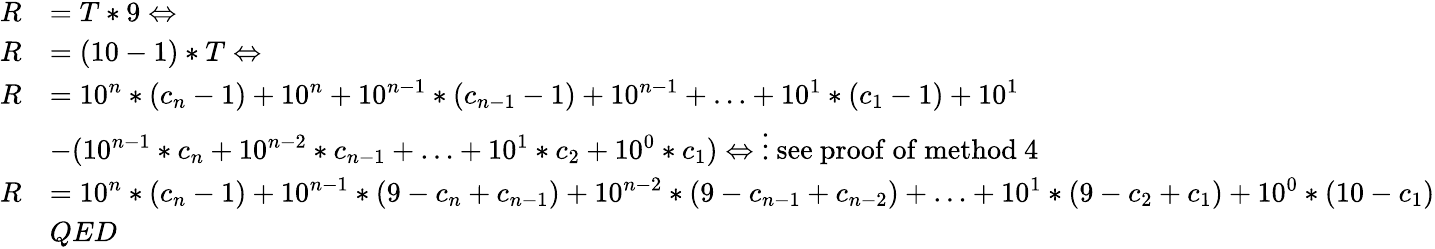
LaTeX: {\begin{array}{rl}{R}&{=T*9\Leftrightarrow}\\ {R}&{=(10-1)*T\Leftrightarrow}\\ {R}&{=10^{n}*(c_{n}-1)+10^{n}+10^{n-1}*(c_{n-1}-1)+10^{n-1}+\ldots+10^{1}*(c_{1}-1)+10^{1}}\\ &{-(10^{n-1}*c_{n}+10^{n-2}*c_{n-1}+\ldots+10^{1}*c_{2}+10^{0}*c_{1})\Leftrightarrow\vdots{\mathrm{~see~proof~of~method~4}}}\\ {R}&{=10^{n}*(c_{n}-1)+10^{n-1}*(9-c_{n}+c_{n-1})+10^{n-2}*(9-c_{n-1}+c_{n-2})+\ldots+10^{1}*(9-c_{2}+c_{1})+10^{0}*(10-c_{1})}\\ &{QED}\end{array}}